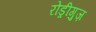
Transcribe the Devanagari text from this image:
रोड्रीगुज़